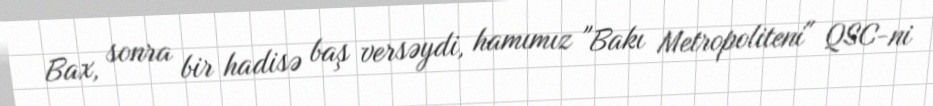
Bax, sonra bir hadisə baş versəydi, hamımız "Bakı Metropoliteni" QSC-ni